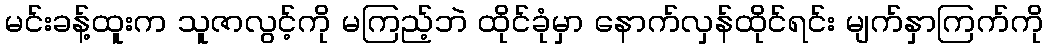
မင်းခန့်ထူးက သူဇာလွင့်ကို မကြည့်ဘဲ ထိုင်ခုံမှာ နောက်လှန်ထိုင်ရင်း မျက်နှာကြက်ကို